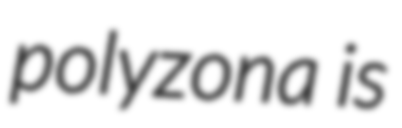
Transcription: polyzona is